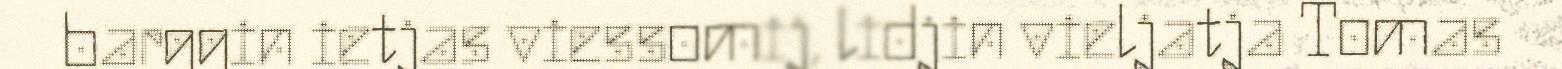
barggin ietjas viessomij, lidjin vieljatja Tomas